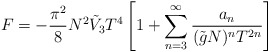
\begin{align*}F = - \frac{\pi^2}{8} N^2 \tilde{V}_3 T^4 \left[1+ \sum_{n=3}^\infty \frac{a_n}{(\tilde{g} N)^n T^{2n}} \right]\end{align*}